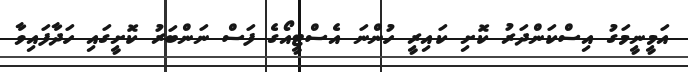
އަމީނީމަގު އިސްކަންދަރު ކޮށި ކައިރީ ހުންނަ އެސްޓީއޯގެ ފަސް ނަންބަރު ކޮށީގައި ހަދާފައިވާ